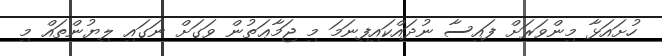
ހުށައަޅާ މިންވަރަށް ފައިސާ ނުދައްކައިފިނަމަ މި ޖަމާޢަތުން ވަގަށް ނަގައި ލިޔުންތައް މި